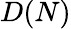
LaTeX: D(N)